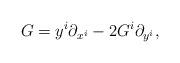
LaTeX: \begin{align*}G=y^i\partial_{x^i}-2G^i\partial_{y^i},\end{align*}